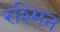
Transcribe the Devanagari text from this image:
रश्मिन